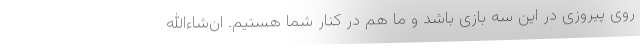
روی پیروزی در این سه بازی باشد و ما هم در کنار شما هستیم. ان‌شاءالله